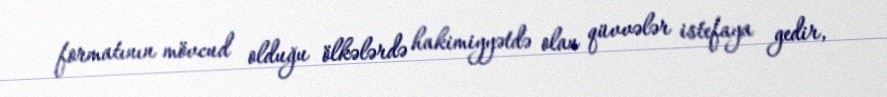
formatının mövcud olduğu ölkələrdə hakimiyyətdə olan qüvvələr istefaya gedir,